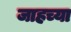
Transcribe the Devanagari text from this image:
जाहच्या